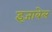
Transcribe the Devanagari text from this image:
इजाबेल